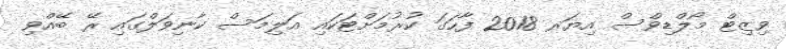
ވިޒިޓް މޯލްޑިވްސް އިޔަރ 2018 ފާހަގަ ކުރުމަށްޓަކައި އަލިމަސް ކާނިވަލްގައި ރޭ ބޭއްވި